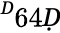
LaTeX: ^Ḋ64Ḍ